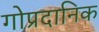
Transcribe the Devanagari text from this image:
गोप्रदानिक